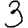
Digit: 3